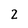
Character: 2